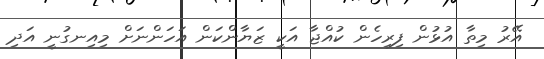
އޭރު މިތާ އުޅުން ފިރިހެން ކުއްޖާ އަކީ ޒަޔާންކަން އަހަންނަށް މިއިނގުނީ އަދި